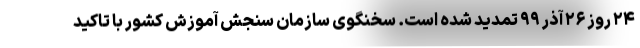
۲۴ روز ۲۶ آذر ۹۹ تمدید شده است. سخنگوی سازمان سنجش آموزش کشور با تاکید